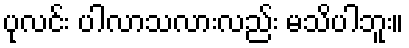
ပုလင်း ပါလာသလားလည်း မသိပါဘူး။